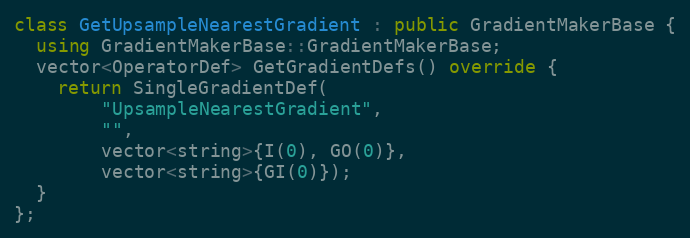
Language: C++
class GetUpsampleNearestGradient : public GradientMakerBase {
  using GradientMakerBase::GradientMakerBase;
  vector<OperatorDef> GetGradientDefs() override {
    return SingleGradientDef(
        "UpsampleNearestGradient",
        "",
        vector<string>{I(0), GO(0)},
        vector<string>{GI(0)});
  }
};